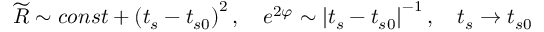
\widetilde { R } \sim c o n s t + \left( t _ { s } - t _ { s 0 } \right) ^ { 2 } , \quad e ^ { 2 \varphi } \sim \left| t _ { s } - t _ { s 0 } \right| ^ { - 1 } , \quad t _ { s } \rightarrow t _ { s 0 }